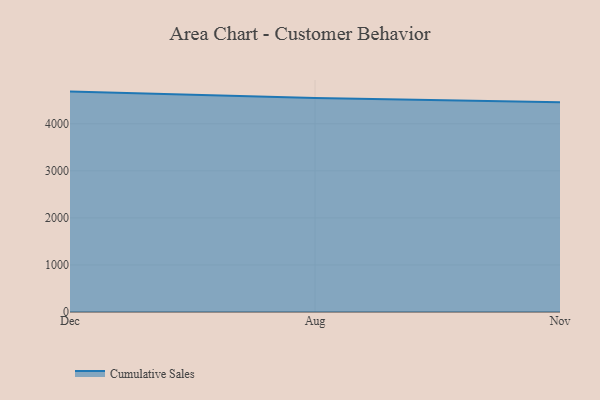
{"axis": {"x": "Month", "y": "Churn Rate (%)"}, "legend": ["Cumulative Sales"], "data": [{"x": "Dec", "y": 4683.7, "type": "Cumulative Sales"}, {"x": "Aug", "y": 4547.5, "type": "Cumulative Sales"}, {"x": "Nov", "y": 4455.2, "type": "Cumulative Sales"}]}